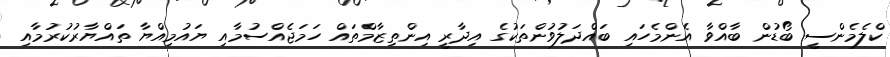
ކްލެމެންސީ ބޯޑުން ބާއްވާ އެންމެހައި ބައްދަލުވުންތަކުގެ އިދާރީ އިންތިޒާމްތައް ހަމަޖެއްސުމާއި ޔައުމިއްޔާ ތައްޔާރުކުރުމާއި